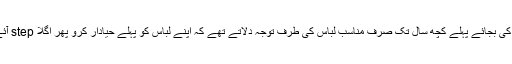
اسی طرح فورًا حجاب پہننے کی بجائے پہلے کچھ سال تک صرف مناسب لباس کی طرف توجہ دلاتے تھے کہ اپنے لباس کو پہلے حیادار کرو پھر اگلا step آئے گا کہ حجاب لو، پردہ کرو۔